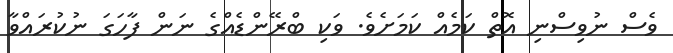
ވެސް ނުވިސްނި އޮތް ކަމެއް ކަމަށެވެ. ވަކި ބްރޭންޑެއްގެ ނަން ފާހަގަ ނުކުރައްވާ